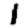
Digit: 1